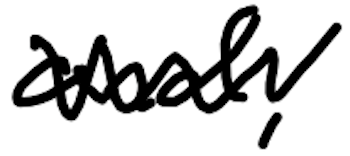
Text: and,
Cross-out: zig-zag
Writing tool: digital_black